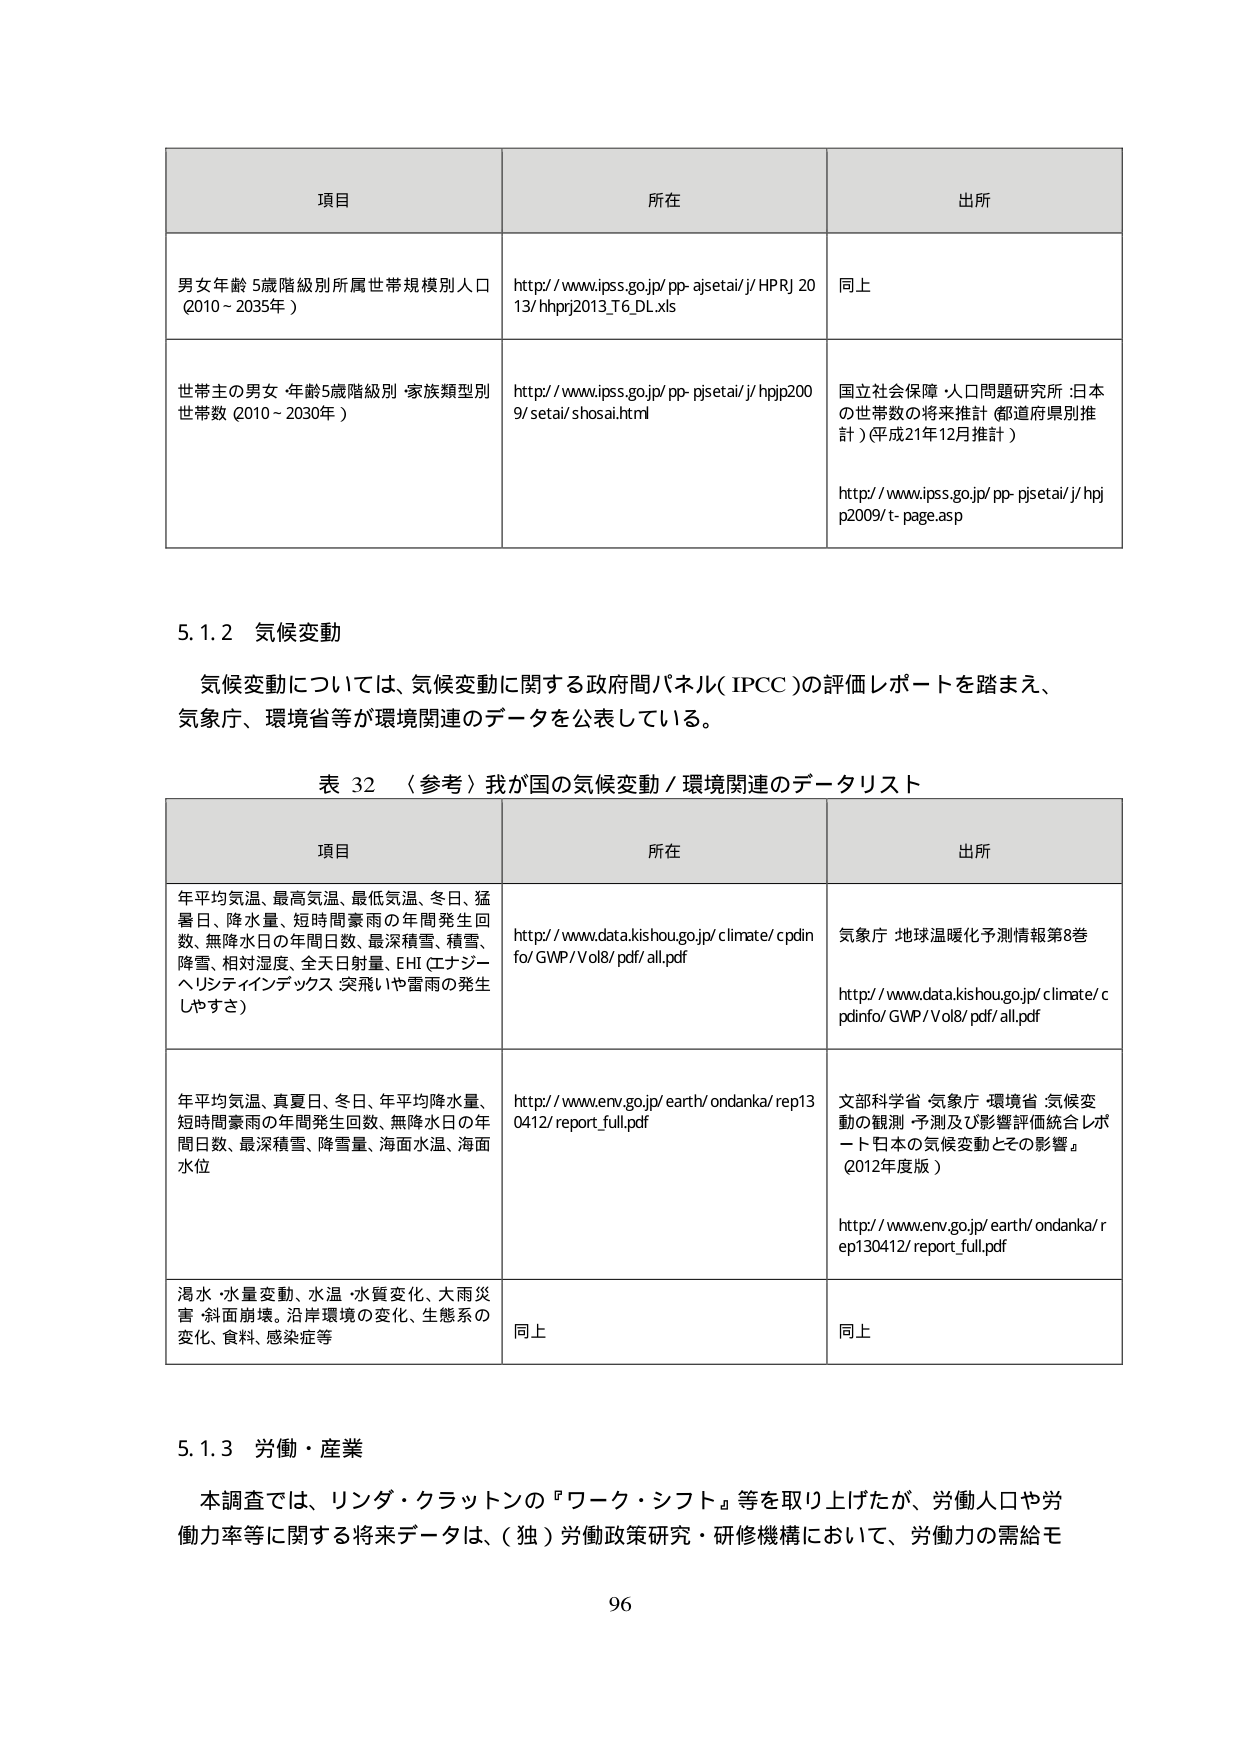
項目 所在 出所
男女年齢5歳階級別所属世帯規模別人口 (2010～2035年) http://www.ipss.go.jp/pp-ajsetai/j/HPRJ2013/hhprj2013_T6_DL.xls 同上
世帯主の男女・年齢5歳階級別・家族類型別世帯数 (2010～2030年) http://www.ipss.go.jp/pp-pjsetai/j/hjip2009/setai/shosai.html 国立社会保障・人口問題研究所：日本の世帯数の将来推計（都道府県別推計）（平成21年12月推計） http://www.ipss.go.jp/pp-pjsetai/j/hjip2009/t-page.asp

5.1.2 気候変動
気候変動については、気候変動に関する政府間パネル（IPCC）の評価レポートを踏まえ、気象庁、環境省等が環境関連のデータを公表している。

表32 〈参考〉我が国の気候変動／環境関連のデータリスト
項目 所在 出所
年平均気温、最高気温、最低気温、冬日、猛暑日、降水量、短時間豪雨の年間発生回数、無降水日の年間日数、最深積雪、積雪、降雪、相対湿度、全天日射量、EHI（エナジーヘリシティインデックス 突飛いや雷雨の発生しやすさ） http://www.data.kishou.go.jp/climate/cpdinfo/GWP/Vol8/pdf/all.pdf 気象庁 地球温暖化予測情報第8巻 http://www.data.kishou.go.jp/climate/cpdinfo/GWP/Vol8/pdf/all.pdf
年平均気温、真夏日、冬日、年平均降水量、短時間豪雨の年間発生回数、無降水日の年間日数、最深積雪、降雪量、海面水温、海面水位 http://www.env.go.jp/earth/ondanka/rep130412/report_full.pdf 文部科学省・気象庁・環境省：気候変動の観測・予測及び影響評価統合レポート「日本の気候変動とその影響」（2012年度版） http://www.env.go.jp/earth/ondanka/rep130412/report_full.pdf
渇水・水量変動、水温・水質変化、大雨災害・斜面崩壊、沿岸環境の変化、生態系の変化、食料、感染症等 同上 同上

5.1.3 労働・産業
本調査では、リンダ・クラットンの『ワーク・シフト』等を取り上げたが、労働人口や労働力率等に関する将来データは、（独）労働政策研究・研修機構において、労働力の需給モ

96